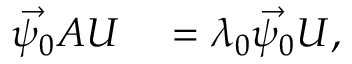
\begin{array} { r l } { \vec { \psi _ { 0 } } A U } & { { } = \lambda _ { 0 } \vec { \psi _ { 0 } } U , } \end{array}